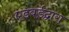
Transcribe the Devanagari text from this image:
एडवर्डद्वारा